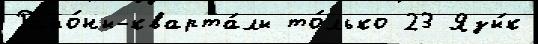
Райо́ны-кварта́лы то́лько 23 Язы́к